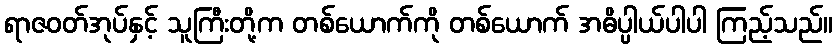
ရာဇဝတ်အုပ်နှင့် သူကြီးတို့က တစ်ယောက်ကို တစ်ယောက် အဓိပ္ပါယ်ပါပါ ကြည့်သည်။